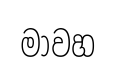
මාවහ